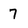
Character: 7